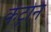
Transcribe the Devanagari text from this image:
केंट्रोन